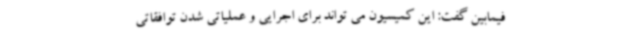
فیمابین گفت: این کمیسیون می تواند برای اجرایی و عملیاتی شدن توافقاتی